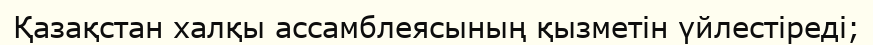
Қазақстан халқы ассамблеясының қызметін үйлестіреді;